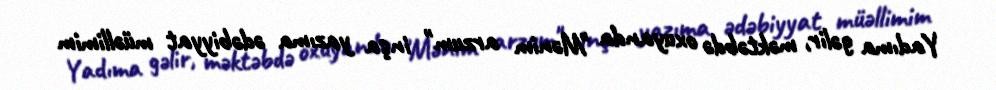
Yadıma gəlir, məktəbdə oxuyanda "Mənim arzum" inşa yazıma ədəbiyyat müəllimim